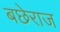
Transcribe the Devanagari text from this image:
बछेराज